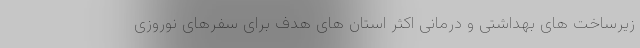
زیرساخت های بهداشتی و درمانی اکثر استان های هدف برای سفرهای نوروزی